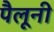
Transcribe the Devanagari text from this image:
पैलूनी